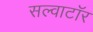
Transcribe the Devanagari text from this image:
सल्वाटॉर